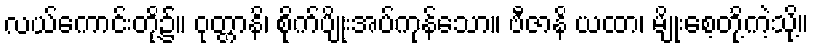
လယ်ကောင်းတို့၌။ ဝုတ္တာနိ၊ စိုက်ပျိုးအပ်ကုန်သော။ ဗီဇာနိ ယထာ၊ မျိုးစေ့တို့ကဲ့သို့။